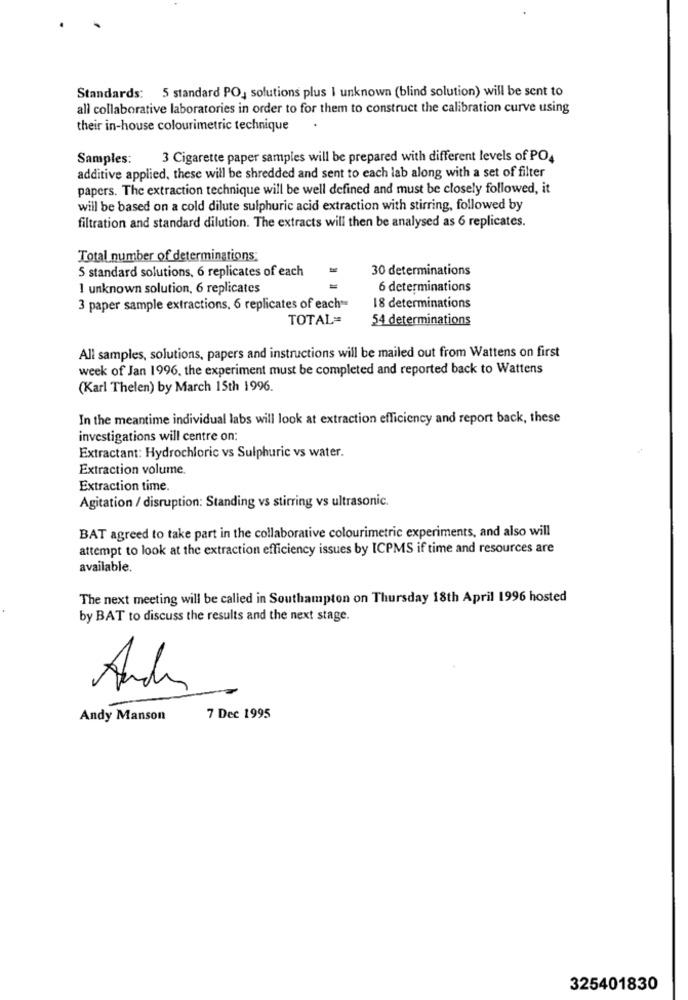
Standards: 5 standard PO, solutions plus | unknown (blind solution) will be sent to
all collaborative laboratories in order to for them to construct the calibration curve using
their in-house colourimetric technique
Samples:
3 Cigarette paper samples will be prepared with different levels of PO4
additive applied, these will be shredded and sent to each lab along with a set of filter
papers. The extraction technique will be well defined and must be closely followed, it
will be based on a cold dilute sulphuric acid extraction with stirring, followed by
filtration and standard dilution. The extracts will then be analysed as 6 replicates.
Total number of determinations:
5 standard solutions, 6 replicates of each
30 determinations
1 unknown solution, 6 replicates
6 determinations
3 paper sample extractions, 6 replicates of each=
18 determinations
TOTAL=
54 determinations
All samples, solutions, papers and instructions will be mailed out from Wattens on first
week of Jan 1996, the experiment must be completed and reported back to Wattens
(Karl Thelen) by March 15th 1996.
In the meantime individual labs will look at extraction efficiency and report back, these
investigations will centre on:
Extractant: Hydrochloric vs Sulphuric vs water.
Extraction volume.
Extraction time.
Agitation / disruption: Standing vs stirring vs ultrasonic.
BAT agreed to take part in the collaborative colourimetric experiments, and also will
attempt to look at the extraction efficiency issues by ICPMS if time and resources are
available.
The next meeting will be called in Southampton on Thursday 18th April 1996 hosted
by BAT to discuss the results and the next stage.
Andy
Andy Manson
7 Dec 1995
325401830